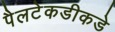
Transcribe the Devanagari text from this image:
पैलटेकडीकडे